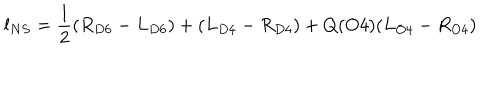
l _ { N S } = \frac { 1 } { 2 } ( R _ { D 6 } - L _ { D 6 } ) + ( L _ { D 4 } - R _ { D 4 } ) + Q ( O 4 ) ( L _ { O 4 } - R _ { O 4 } )